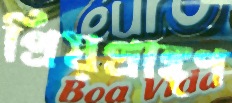
প্রিয়প্রাঙ্গণ